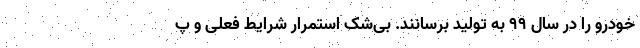
خودرو را در سال ۹۹ به تولید برسانند. بی‌شک استمرار شرایط فعلی و پ